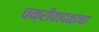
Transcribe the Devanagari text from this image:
चक्रीवादळाचा